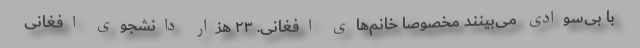
با بی‌سوادی می‌بینند مخصوصا خانم‌های افغانی. ۲۳ هزار دانشجوی افغانی